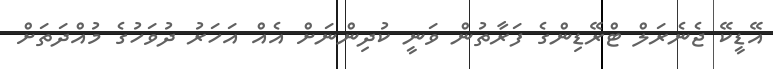
އޭޑީކޭ ޖެނެރަލް ޓްރޭޑިންގެ ފަރާތުން ވަނީ ކުދިންނަށް އެއް އަހަރު ދުވަހުގެ މުއްދަތަށް